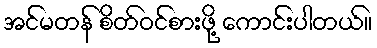
အင်မတန် စိတ်ဝင်စားဖို့ ကောင်းပါတယ်။